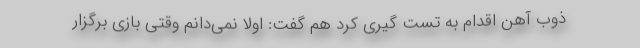
ذوب آهن اقدام به تست گیری کرد هم گفت: اولاً نمی‌دانم وقتی بازی برگزار